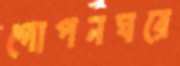
গোপনঘরে